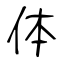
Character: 体